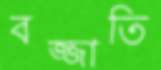
বজ্জাতি